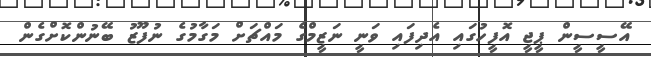
އޭސީސީން ޕީޖީ އޮފީހުގައި އެދިފައި ވަނީ ނަޒީމްގެ މައްޗަށް މަގާމުގެ ނުފޫޒު ބޭނުންކޮށްގެން